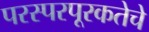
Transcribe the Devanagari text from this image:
परस्परपूरकतेचे